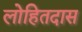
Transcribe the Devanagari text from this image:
लोहितदास